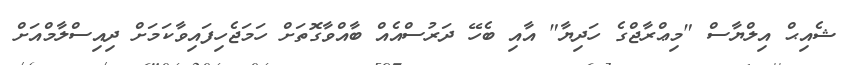
ޝެއިޙް އިލްޔާސް "މިޢްރާޖްގެ ހަދިޔާ" އާއި ބެހޭ ދަރުސްއެއް ބާއްވާގޮތަށް ހަމަޖެހިފައިވާކަމަށް ދިއިސްލާމްއަށް